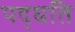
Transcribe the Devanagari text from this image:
पद्घति